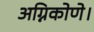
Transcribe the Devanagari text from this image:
अग्निकोणे।